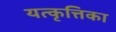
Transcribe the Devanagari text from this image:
यत्कृत्तिका